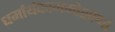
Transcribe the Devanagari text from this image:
धर्मार्थकाममोक्षाणां